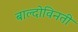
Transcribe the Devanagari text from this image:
बाल्दोविनती